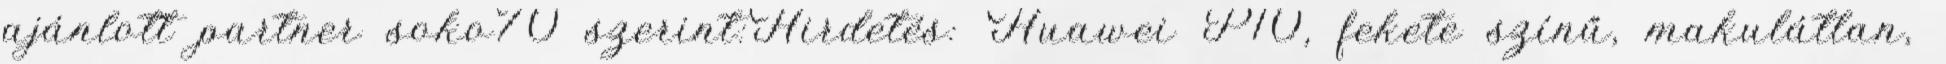
ajánlott partner soko70 szerint:Hirdetés: Huawei P10, fekete színű, makulátlan,